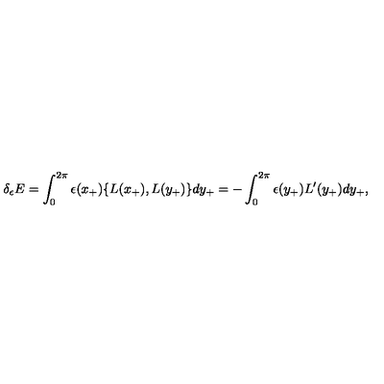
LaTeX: \delta _ { \epsilon } E = \int _ { 0 } ^ { 2 \pi } \epsilon ( x _ { + } ) \{ L ( x _ { + } ) , L ( y _ { + } ) \} d y _ { + } = - \int _ { 0 } ^ { 2 \pi } \epsilon ( y _ { + } ) L ^ { \prime } ( y _ { + } ) d y _ { + } ,